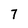
Character: 7